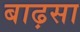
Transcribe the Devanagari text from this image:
बाढ़सा